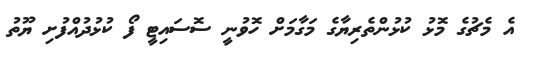
އެ މެޗުގެ މޮޅު ކުޅުންތެރިޔާގެ މަގާމަށް ހޮވުނީ ސޮސައިޓީ ފޯ ކުޅުދުއްފުށި ޔޫތު